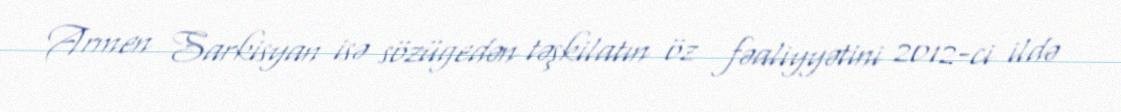
Armen Sarkisyan isə sözügedən təşkilatın öz fəaliyyətini 2012-ci ildə